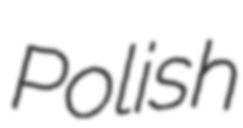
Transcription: Polish